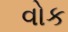
વોક